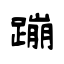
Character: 蹦